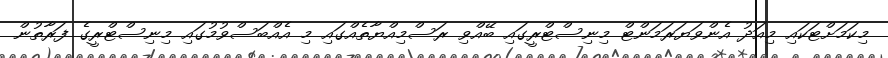
މިކަމަށްޓަކައި މިއަދު އެންވަޔަރަމަންޓް މިނިސްޓްރީގައި ބޭއްވި ރަސްމިއްޔާތެއްގައި މި އެއްބަސްވުމުގައި މިނިސްޓްރީގެ ފަރާތުން